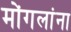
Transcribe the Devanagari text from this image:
मोंगलांना